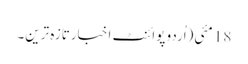
18 مئی(اُردو پوائنٹ اخبارتازہ ترین۔